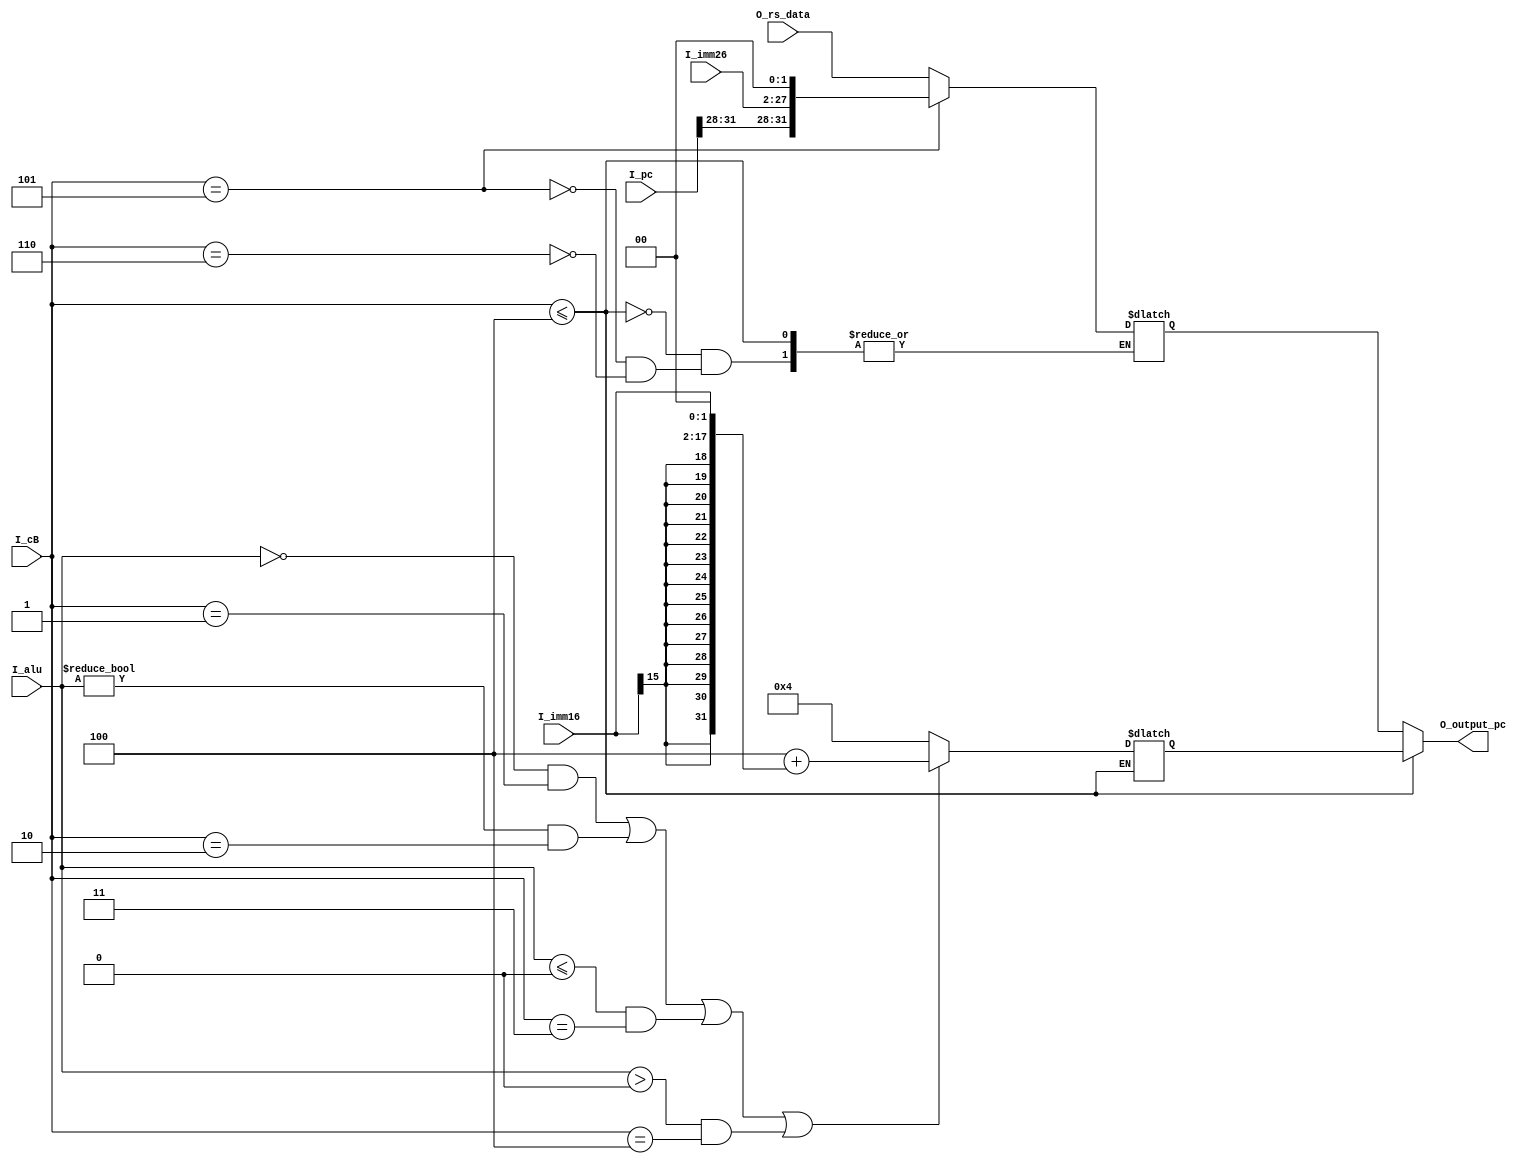
`timescale 1ns / 1ps
//////////////////////////////////////////////////////////////////////////////////
// Company:
// Engineer:
//
// Design Name:
// Module Name: br
// Project Name:
// Target Devices:
// Tool Versions:
// Description:
//
// Dependencies:
//
// Revision:
// Revision 0.01 - File Created
// Additional Comments:
//
//////////////////////////////////////////////////////////////////////////////////


module br(
           input [25:0] I_imm26,
           input [15:0] I_imm16,
           input [31:0] I_alu,
           input [31:0] I_pc,
           //
           //input [1:0]  I_cB,
           input [2:0] I_cB,
           //
           input [31:0] O_rs_data, 
           //output [31:0] O_jump,
           //output [31:0] O_offset,
           output [31:0] O_output_pc
       );

reg [31:0] R_offset;
reg [31:0] R_jump;


always @ (*) begin
    if(I_cB<=3'b100) begin
        if((I_alu==0&&I_cB==3'b001)||(I_alu!=0&&I_cB==3'b010)||(I_alu<=0&&I_cB==3'b011)||(I_alu>0&&I_cB==3'b100))
            R_offset<={32'h4+{{14{I_imm16[15]}},{I_imm16, 2'b00}}};
        else
            R_offset<=32'h4;
    end
    else if(I_cB==3'b101)
        R_jump<={I_pc[31:28],I_imm26,2'b00};
    else if(I_cB==3'b110)
        R_jump<=O_rs_data;
end

assign O_output_pc=(I_cB<=3'b100)?R_offset:R_jump;
endmodule